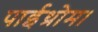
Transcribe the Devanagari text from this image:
पाईथ्रोम।